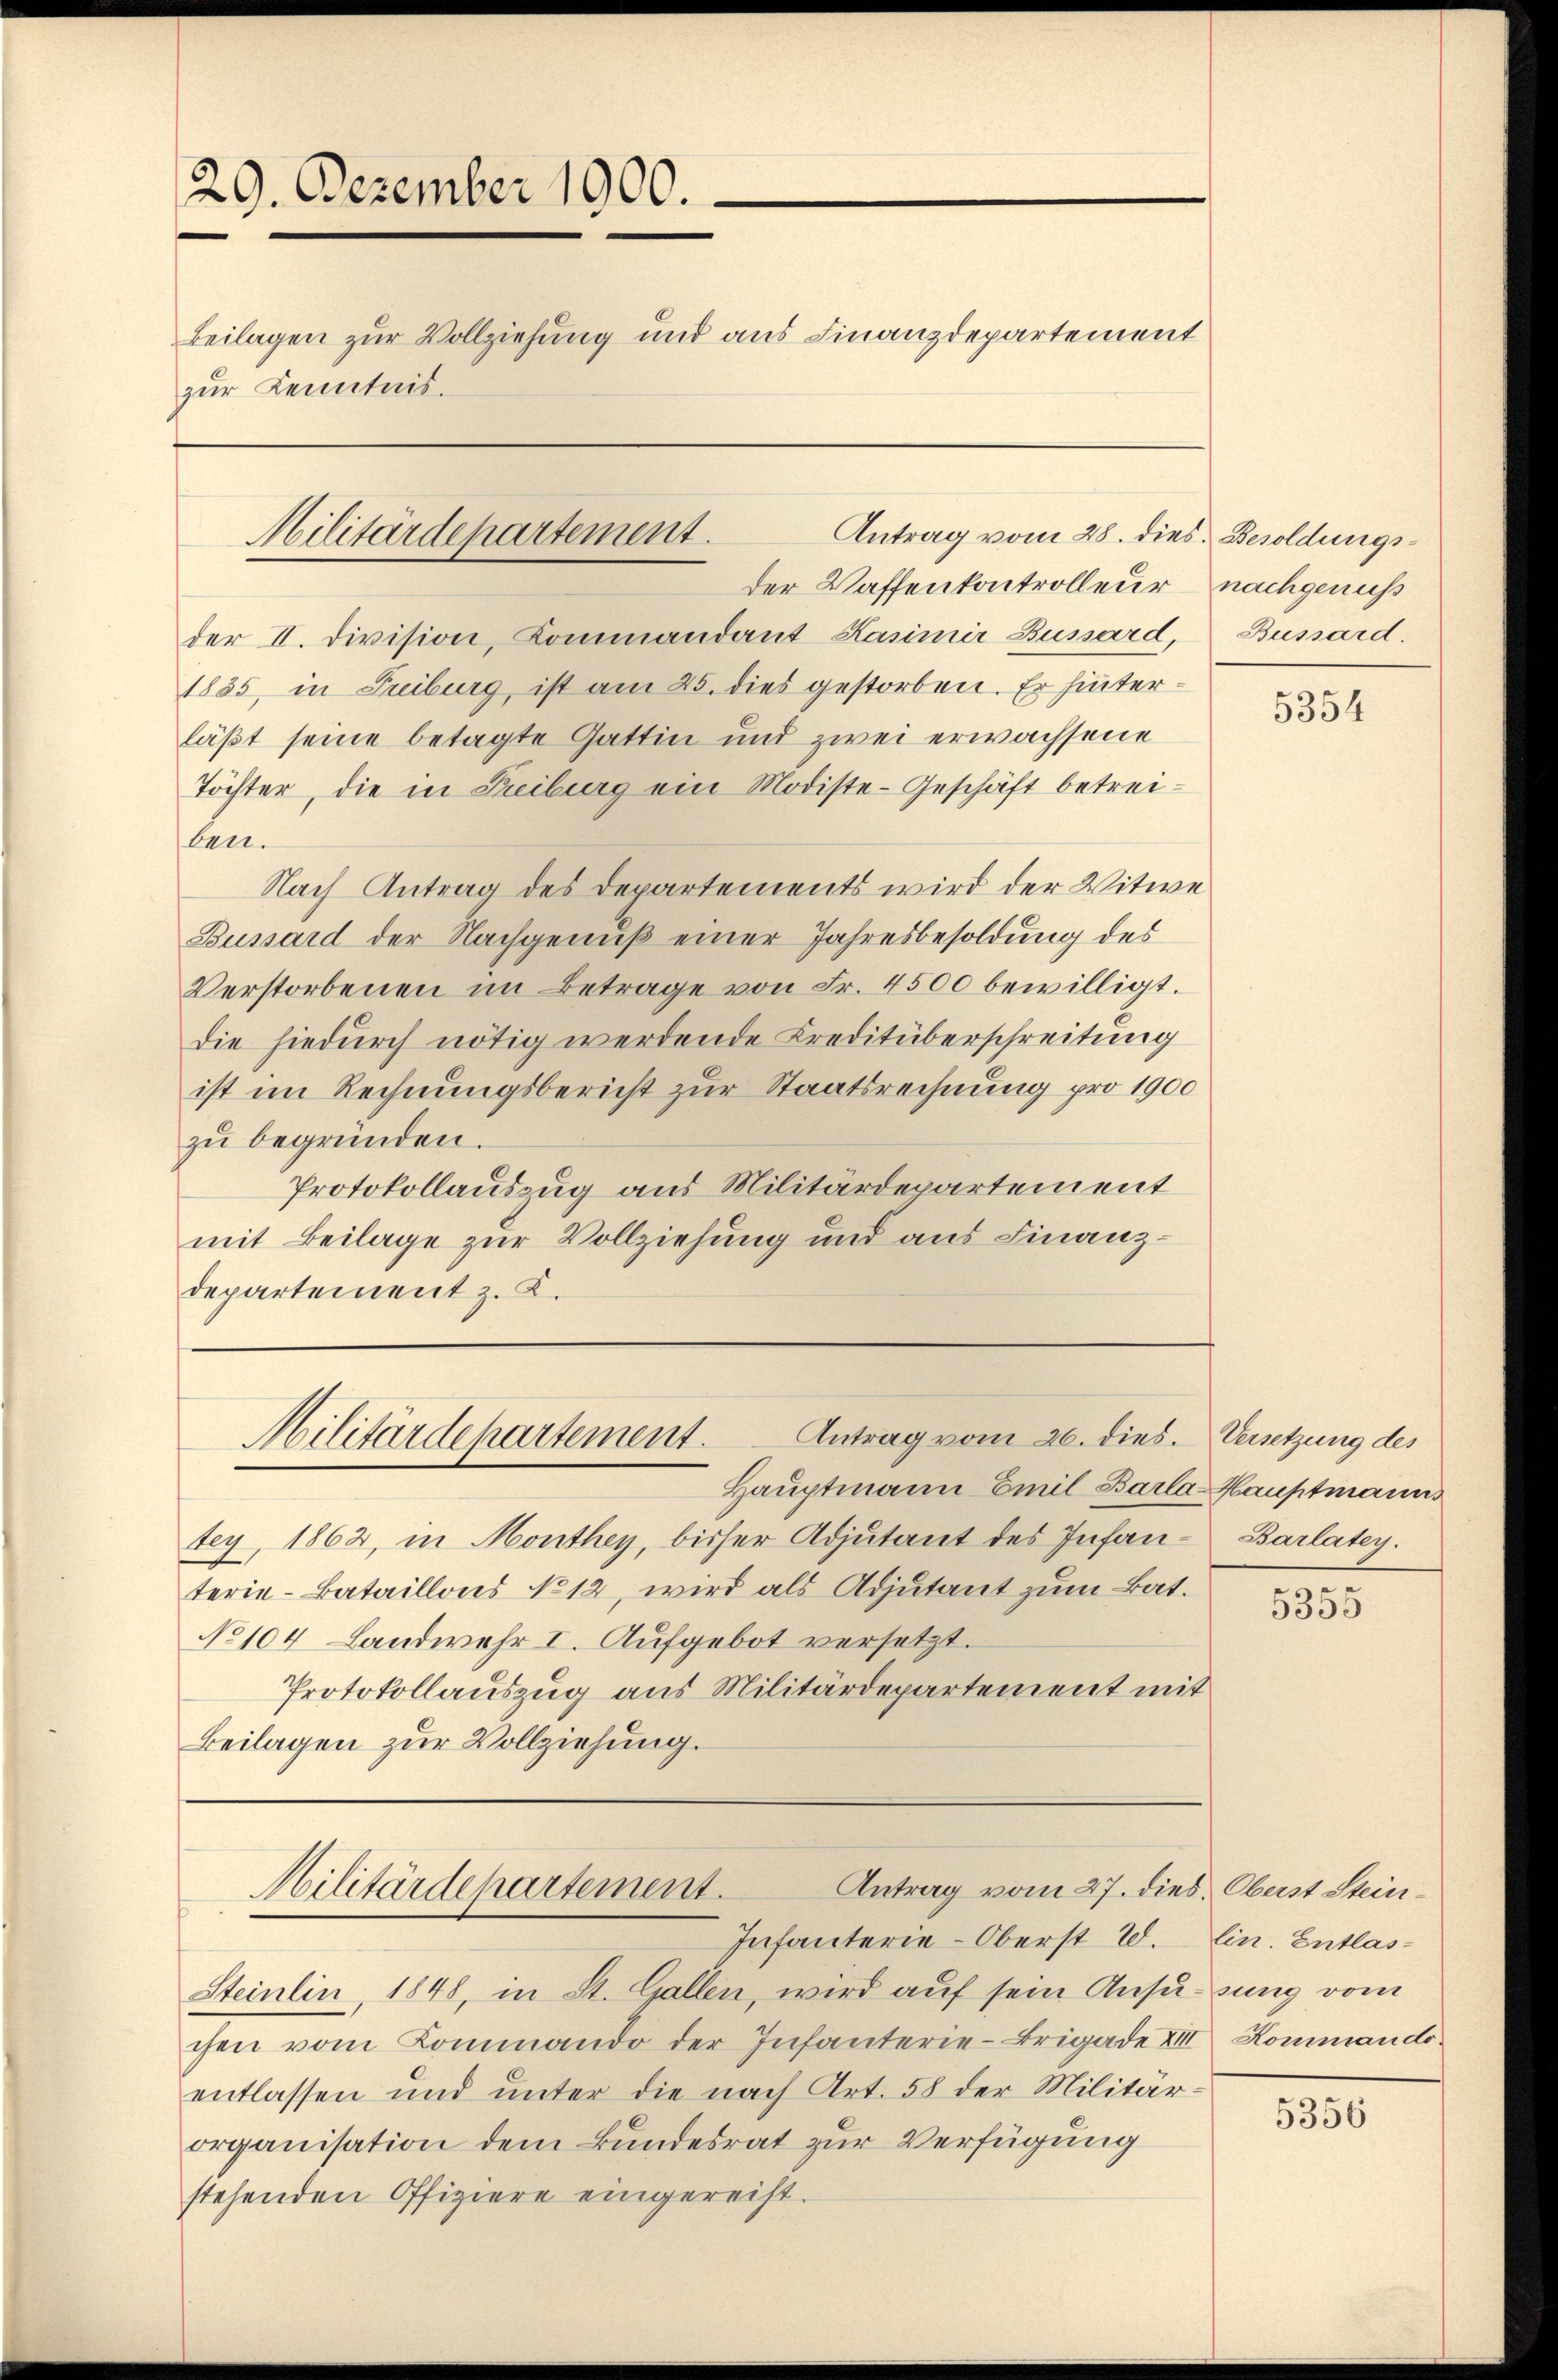
29. Dezember 1900.
Beilagen zur Vollziehung und aus Finanzdepartement
zur Kenntnis.

der II. Division, Kommandant Kasimir Bussard, Bussard.
1835, in Treiburg, ist am 25. dies gestorben. Er hinterläßt seine betagte Gattin und zwei erwachsene
Töchter, die in Treiburg ein Modiste-Geschäft betreiben.
Nach Antrag des Departements wird der Witwe
Bussard der Nachgenuß einer Jahresbesoldung des
Verstorbenen im Betrage von Fr. 4500 bewilligt.
die hiedurch nötig werdende Creditüberschreitung
ist im Rechnungsbericht zur Staatsrechnung pro 1900
zu begründen.
Protokollauszug aus Militärdepartement
mit Beilage zur Vollziehung und aus Finanzdepartement z. K.

Antrag vom 28. dies. Besoldungs¬
Militärdepartement.

Antrag vom 26. dies. Versetzung des
Militärdepartement.

der Waffenkontrolleur nachgenuß

Hauptmann Emil Barla-Hauptmanns
tey, 1862, in Monthey, bisher Adjutant des Infan-Barlatey.
terie-Bataillons No 12, wird als Adjutant zum Bat.
No 104 Landwehr I. Aufgebot versetzt.
Protokollauszug aus Militärdepartement mit
Beilagen zur Vollziehung.

Infanterie-Oberst 20.
Steinlin 1848, in St. Gallen, wird auf sein Ansizung vom
chen vom Kommando der Infanterie-Brigade XIII. Kommando-
entlassen und unter die nach Art. 58 der Militärorganisation dem Bundesrat zur Verfügung
stehenden Offiziere eingereift.

Antrag vom 27. dies. Oberst Stein¬
Militärdepartement.

5354

5355

lin. Entlas¬

5356